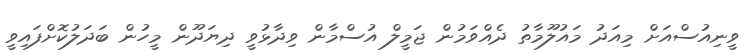
ވީނިއުސްއަށް މިއަދު މައުލޫމާތު ދެއްވަމުން ޖަމީލް އުސްމާން ވިދާޅުވީ ދިޔަދޫން މީހުން ބަދަލުކޮށްފައިވީ